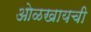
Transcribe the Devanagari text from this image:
ओळखायची